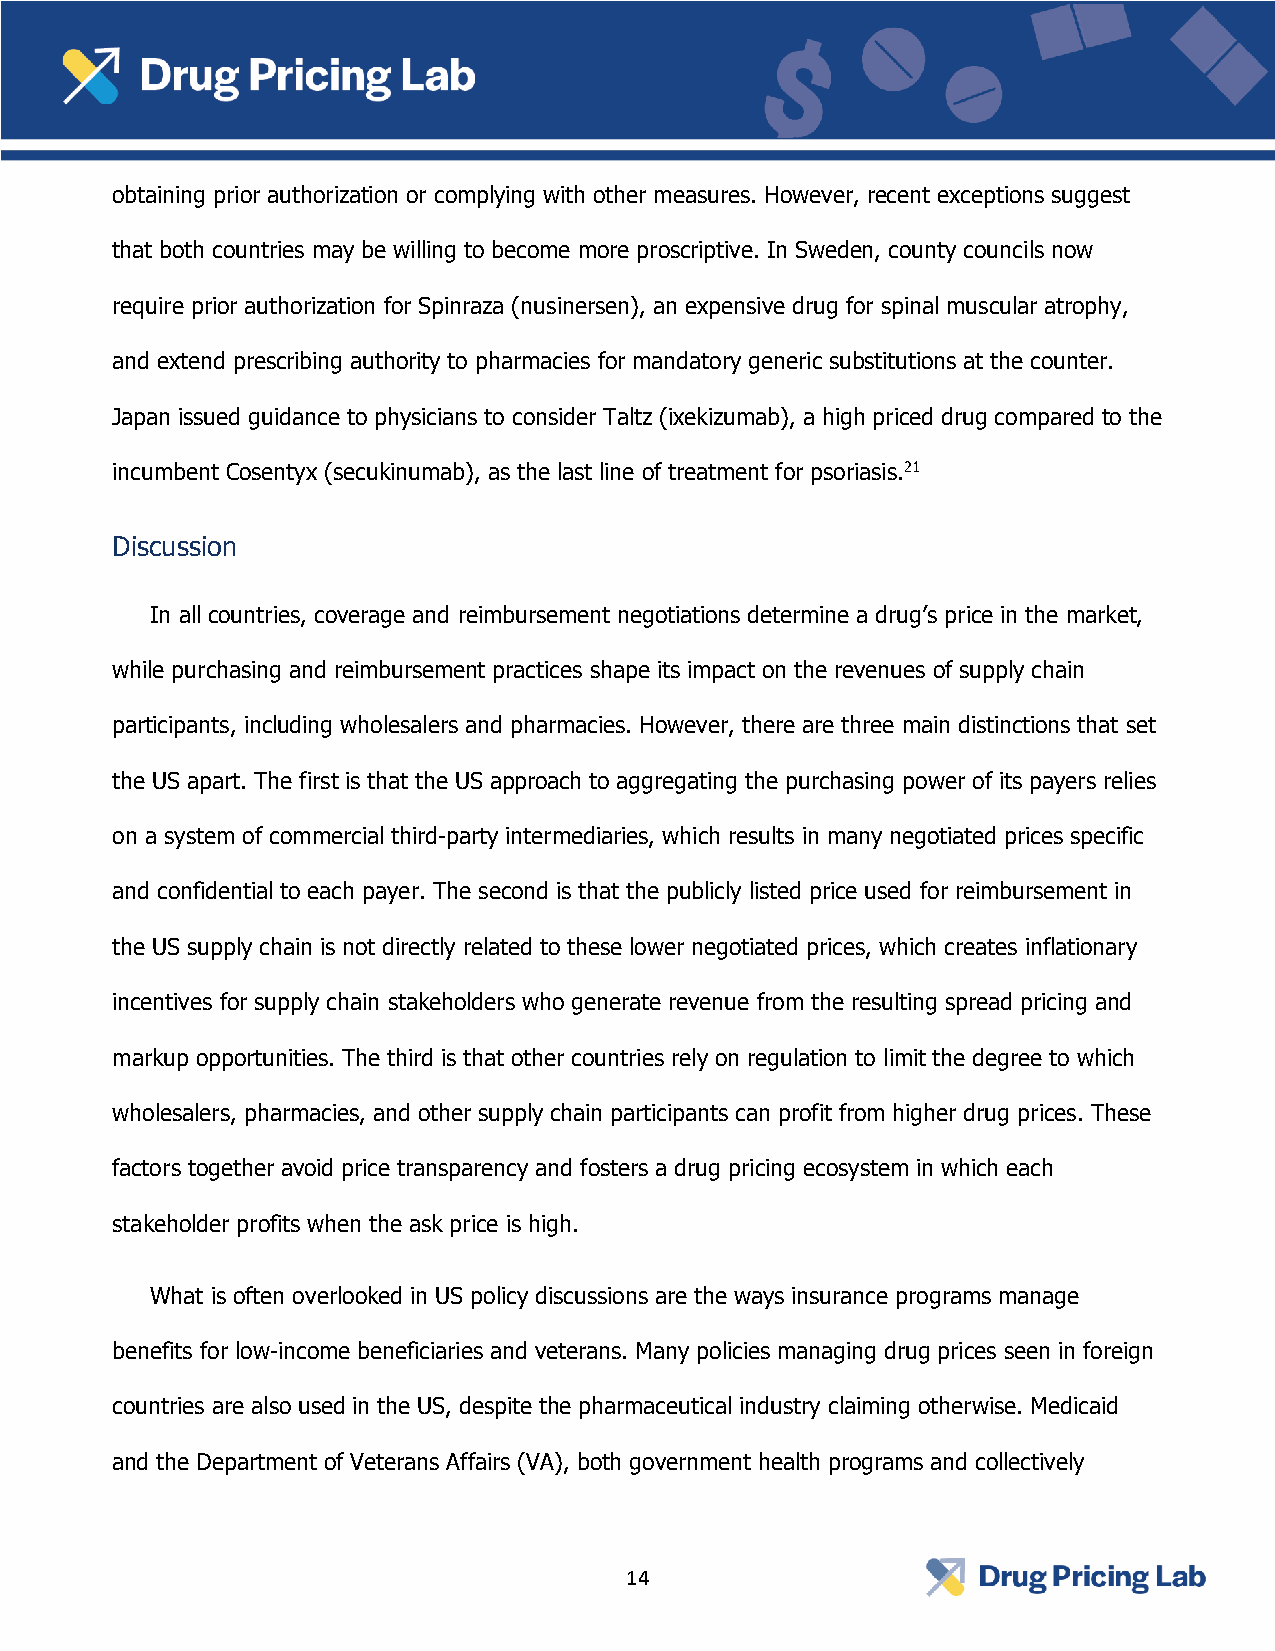
obtaining prior authorization or complying with other measures. However, recent exceptions suggest
 that both countries may be willing to become more proscriptive. In Sweden, county councils now
 require prior authorization for Spinraza (nusinersen), an expensive drug for spinal muscular atrophy,
 and extend prescribing authority to pharmacies for mandatory generic substitutions at the counter.
 Japan issued guidance to physicians to consider Taltz (ixekizumab), a high priced drug compared to the
 incumbent Cosentyx (secukinumab), as the last line of treatment for psoriasis.21
 Discussion
 In all countries, coverage and reimbursement negotiations determine a drug’s price in the market,
 while purchasing and reimbursement practices shape its impact on the revenues of supply chain
 participants, including wholesalers and pharmacies. However, there are three main distinctions that set
 the US apart. The first is that the US approach to aggregating the purchasing power of its payers relies
 on a system of commercial third-party intermediaries, which results in many negotiated prices specific
 and confidential to each payer. The second is that the publicly listed price used for reimbursement in
 the US supply chain is not directly related to these lower negotiated prices, which creates inflationary
 incentives for supply chain stakeholders who generate revenue from the resulting spread pricing and
 markup opportunities. The third is that other countries rely on regulation to limit the degree to which
 wholesalers, pharmacies, and other supply chain participants can profit from higher drug prices. These
 factors together avoid price transparency and fosters a drug pricing ecosystem in which each
 stakeholder profits when the ask price is high.
 What is often overlooked in US policy discussions are the ways insurance programs manage
 benefits for low-income beneficiaries and veterans. Many policies managing drug prices seen in foreign
 countries are also used in the US, despite the pharmaceutical industry claiming otherwise. Medicaid
 and the Department of Veterans Affairs (VA), both government health programs and collectively
 14